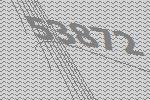
53872